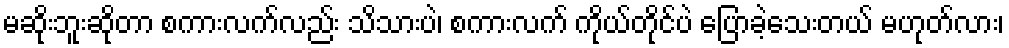
မဆိုးဘူးဆိုတာ စကားလက်လည်း သိသားပဲ၊ စကားလက် ကိုယ်တိုင်ပဲ ပြောခဲ့သေးတယ် မဟုတ်လား၊